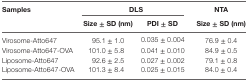
| <ROWSPAN=2> Samples | <COLSPAN=2> DLS | NTA |
 | Size ± SD (nm) | PDI ± SD | Size ± SD (nm) |
 | --- | --- | --- | --- |
 | Virosome-Atto647 | 95.1 ± 1.0 | 0.035 ± 0.004 | 76.9 ± 0.4 |
 | Virosome-Atto647-OVA | 101.0 ± 5.8 | 0.041 ± 0.010 | 84.9 ± 0.5 |
 | Liposome-Atto647 | 92.6 ± 2.5 | 0.027 ± 0.002 | 79.1 ± 0.8 |
 | Liposome-Atto647-OVA | 101.3 ± 8.4 | 0.025 ± 0.015 | 84.0 ± 0.4 |